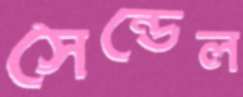
সেন্ডেল